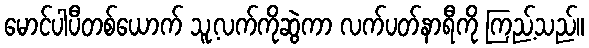
မောင်ပါပီတစ်ယောက် သူ့လက်ကိုဆွဲကာ လက်ပတ်နာရီကို ကြည့်သည်။